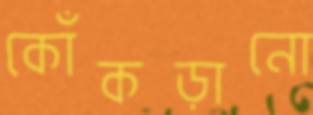
কোঁকড়ানো